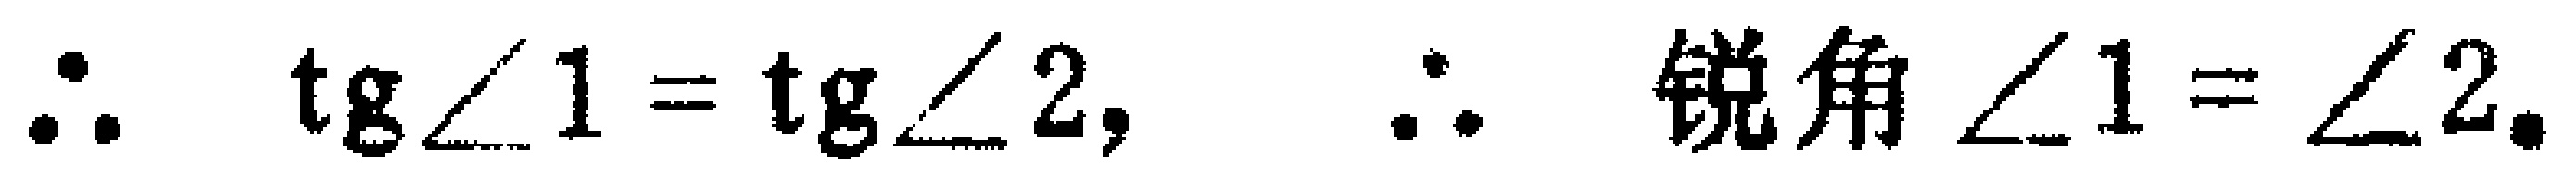
\(\therefore \ \mathrm{tg}\angle1 = \mathrm{tg}\angle2,\ \therefore \ 锐角\ \angle1 = \angle2.\)